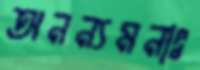
অনন্যমনাঃ